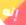
إنه